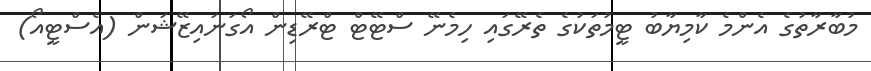
މުބާރާތުގެ އެންމެ ކާމިޔާބު ޓީމުތަކުގެ ތެރޭގައި ހިމެނޭ ސްޓޭޓް ޓްރޭޑިން އޯގަނައިޒޭޝަން (އެސްޓީއޯ)